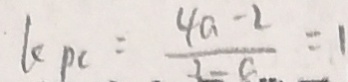
k _ { P C } = \frac { 4 a - 2 } { 3 - c } = 1